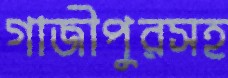
গাজীপুরসহ